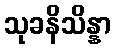
သုခနိသိန္နာ